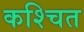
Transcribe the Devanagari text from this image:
कश्चित